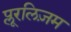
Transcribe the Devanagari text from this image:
प्लूरलिज़म